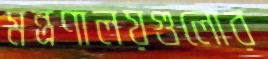
মন্ত্রণালয়গুলোর